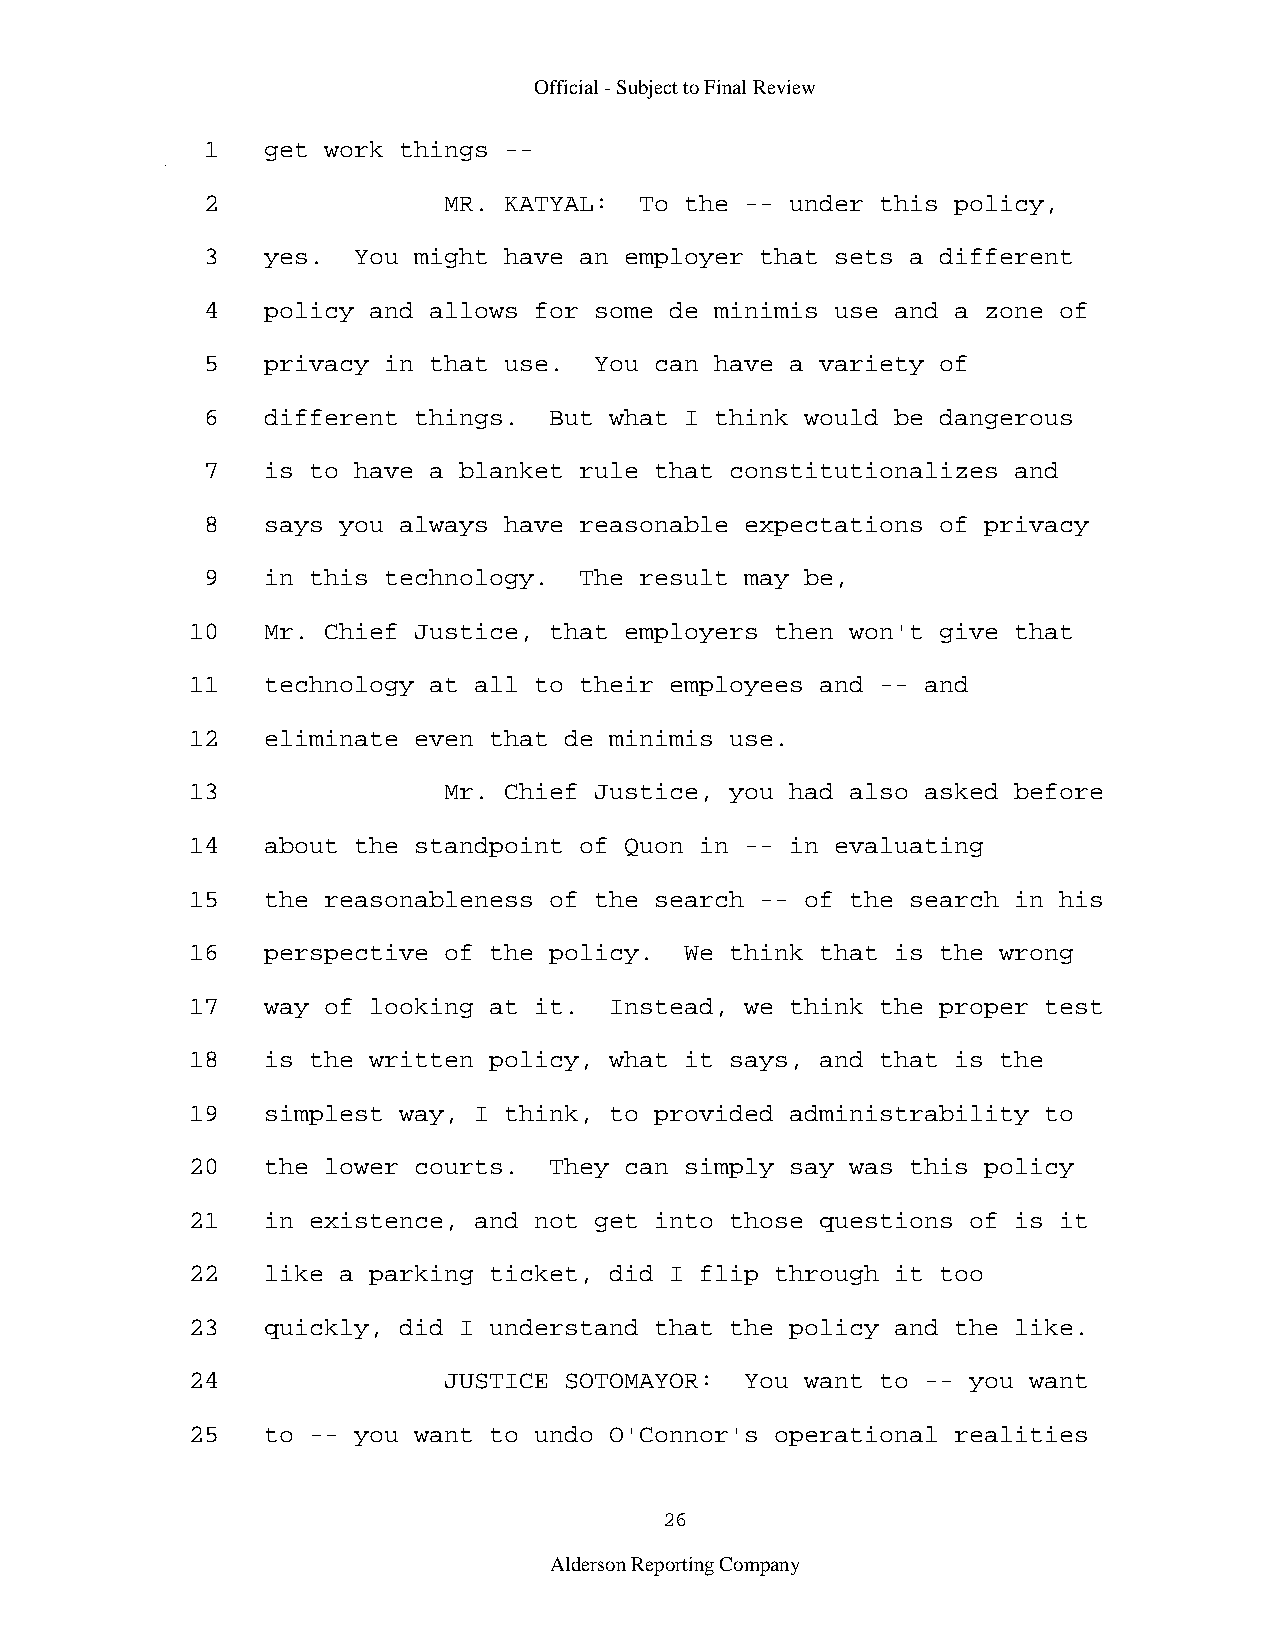
Official - Subject to Final Review
 1   get work things --
 2               MR. KATYAL:  To the -- under this policy,
 3   yes.  You might have an employer that sets a different
 4   policy and allows for some de minimis use and a zone of
 5   privacy in that use.  You can have a variety of
 6   different things.  But what I think would be dangerous
 7   is to have a blanket rule that constitutionalizes and
 8   says you always have reasonable expectations of privacy
 9   in this technology.  The result may be,
 10   Mr. Chief Justice, that employers then won't give that
 11   technology at all to their employees and -- and
 12   eliminate even that de minimis use.
 13               Mr. Chief Justice, you had also asked before
 14   about the standpoint of Quon in -- in evaluating
 15   the reasonableness of the search -- of the search in his
 16   perspective of the policy.  We think that is the wrong
 17   way of looking at it.  Instead, we think the proper test
 18   is the written policy, what it says, and that is the
 19   simplest way, I think, to provided administrability to
 20   the lower courts.  They can simply say was this policy
 21   in existence, and not get into those questions of is it
 22   like a parking ticket, did I flip through it too
 23   quickly, did I understand that the policy and the like.
 24               JUSTICE SOTOMAYOR:  You want to -- you want
 25   to -- you want to undo O'Connor's operational realities
 26
 Alderson Reporting Company